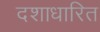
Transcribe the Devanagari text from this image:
दशाधारित